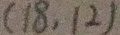
( 1 8 , 1 2 )